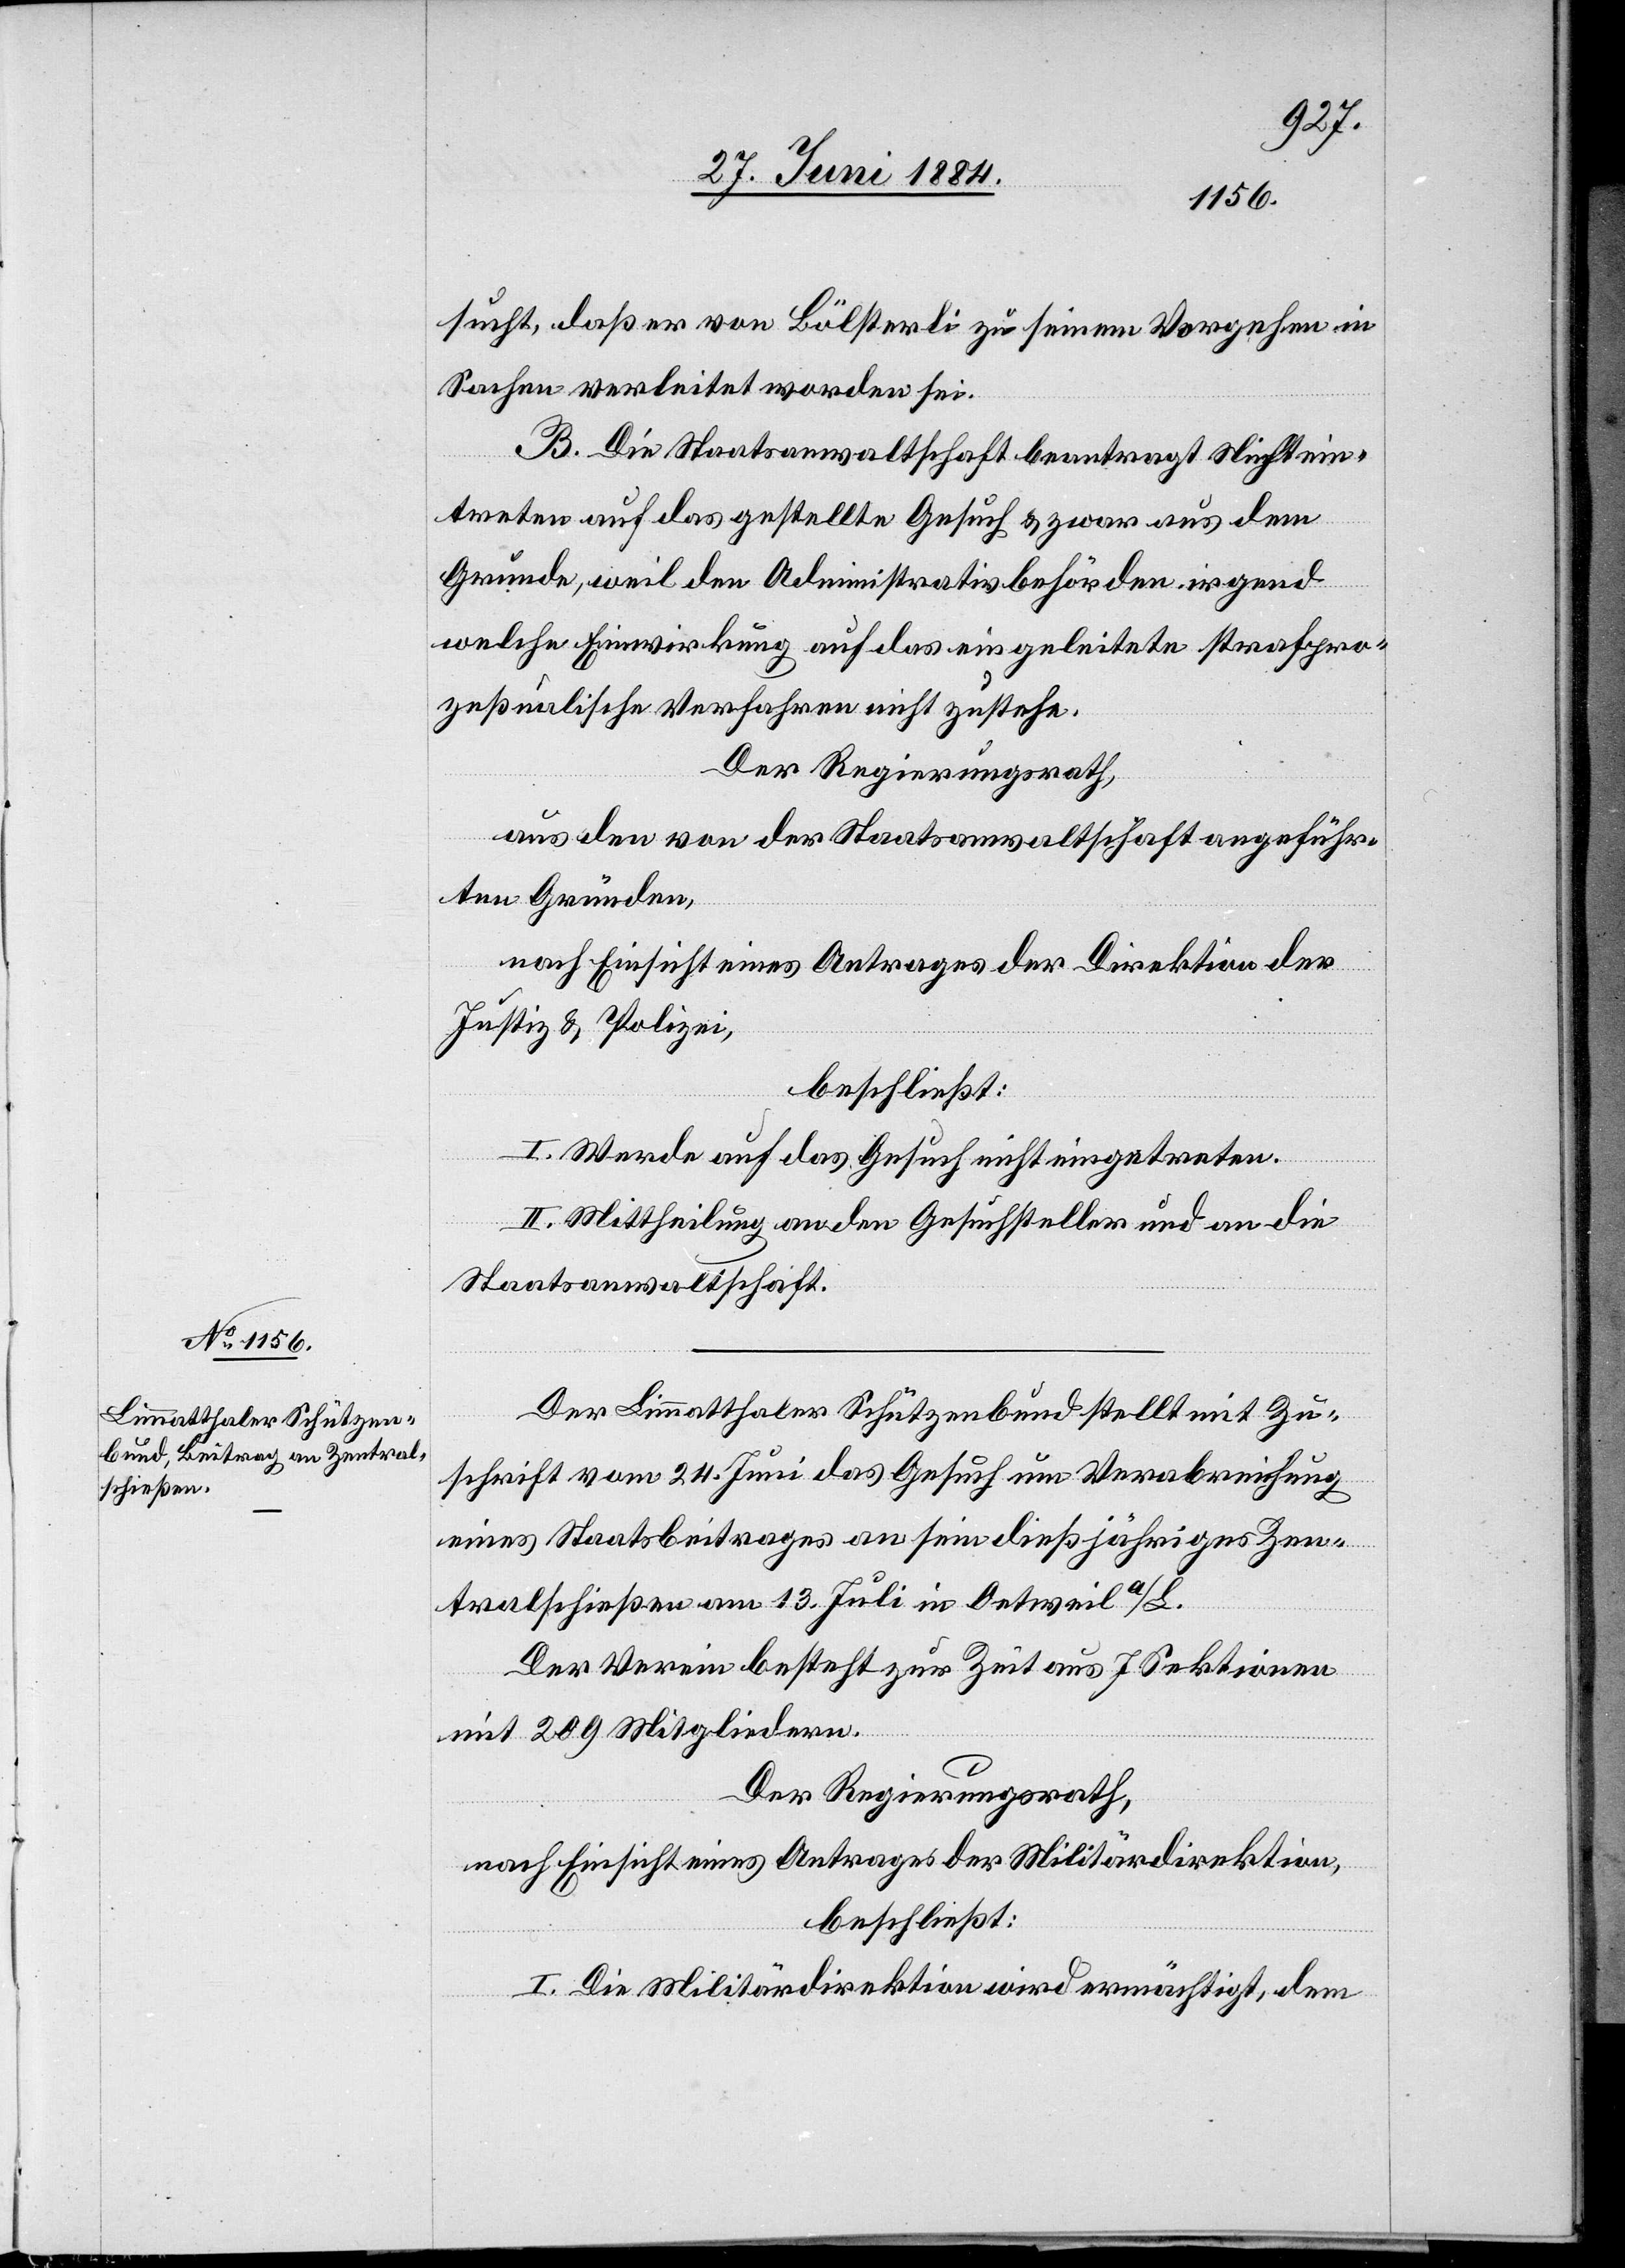
sucht, daß er von Bölsterli zu seinem Vorgehen in
Sachen verleitet worden sei.
B. Die Staatsanwaltschaft beantragt Nichtein¬
treten auf das gestellte Gesuch & zwar aus dem
Grunde, weil den Administrativbehörden irgend
welche Einwirkung auf das eingeleitete strafpro¬
zeßualische Verfahren nicht zustehe.
Der Regierungsrath,
aus den von der Staatsanwaltschaft angeführ¬
ten Gründen,
nach Einsicht eines Antrages der Direktion der
Justiz & Polizei,
beschließt:
I. Werde auf das Gesuch nicht eingetreten.
II. Mittheilung an den Gesuchsteller und an die
Staatsanwaltschaft.
Der Limmatthaler Schützenbund stellt mit Zu¬
schrift vom 24. Juni das Gesuch um Verabreichung
eines Staatsbeitrages an sein dießjähriges Zen¬
tralschießen am 13. Juli in Oetweil a/L.
Der Verein besteht zur Zeit aus 7 Sektionen
mit 200 Mitgliedern.
Der Regierungsrath,
nach Einsicht eines Antrages der Militärdirektion,
beschließt:
I. Die Militärdirektion wird ermächtigt, dem